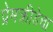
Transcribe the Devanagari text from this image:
प्रेमक्रीडेचा